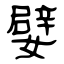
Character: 嬖